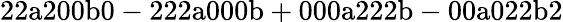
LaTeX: \mathrm{22a200b0-222a000b+000a222b-00a022b2}